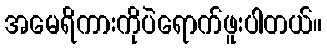
အမေရိကားကိုပဲရောက်ဖူးပါတယ်။